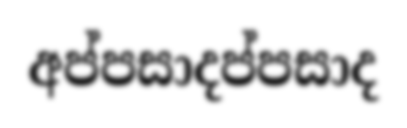
අප්පසාදප්පසාද